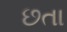
છતા